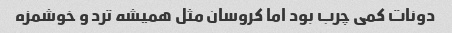
دونات کمی چرب بود اما کروسان مثل همیشه ترد و خوشمزه